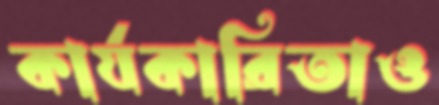
কার্যকারিতাও